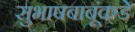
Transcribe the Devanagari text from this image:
सुभाषबाबूंकडे